Vaccination North-Western Provinces and Oudh 1878-1895 - 1878-1895
Year: 1878
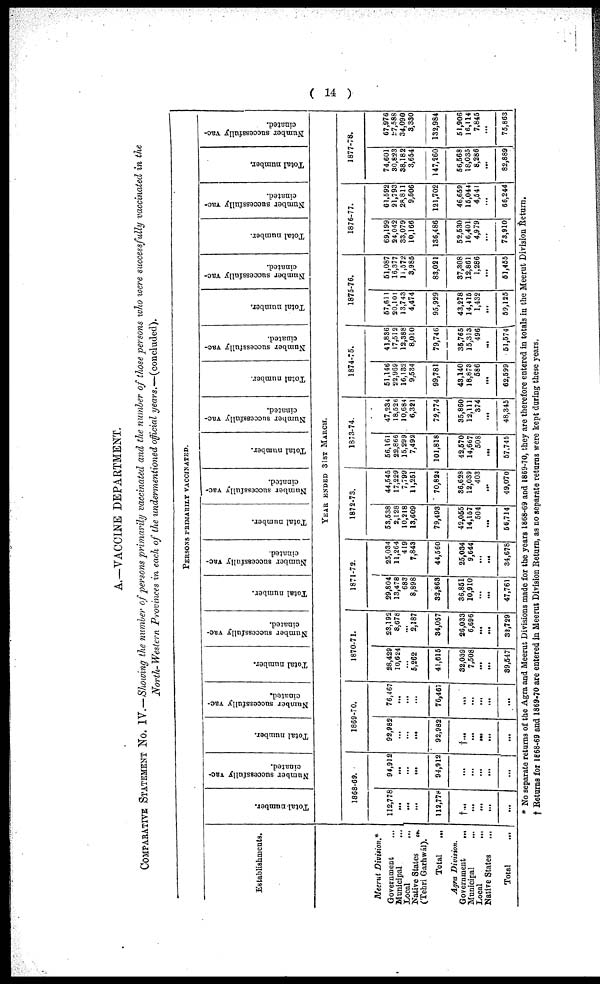
( 14 )
A.—VACCINE DEPARTMENT.
COMPARATIVE STATEMENT No. IV.—Showing the number of persons primarily
vaccinated and the number of those persons who were successfully vaccinated in the
North- Western Provinces in each of the undermentioned official
years.—(concluded).
PERSONS PRIMARILY VACCINATED.
Establishments.
Total number.
Number successfully vac-
cinated.
Total number.
Number successfully vac-
cinated.
Total number.
Number successfully vac-
cinated.
Total number.
Number successfully vac-
cinated.
Total number.
Number successfully vac-
cinated.
Total number.
Number successfully vac-
cinated.
Total number.
Number successfully vac-
cinated.
Total number.
Number successfully vac-
cinated.
Total number.
Number successfully vac-
cinated.
Total number.
Number successfully vac-
cinated.
YEAR ENDED 31ST MARCH.
Meerut Division.*
Government ...
Municipal
...
Local
...
Native States
...
(Tehri Garhwál).
Total ...
Agra Division.
Government
...
Municipal ...
Local
...
Native States ...
Total ...
1868-69.
112,778
...
...
...
112,778
†...
...
...
...
...
94,912
...
...
...
94,912
...
...
...
...
...
1869-70.
92,982
...
...
...
92,982
†... ...
...
...
...
76,467
...
...
...
76,467
...
...
...
...
...
1870-71.
28,429
10,624
...
5,262
41,615
32,039
7,508
...
...
39,547
23,192
8,678
...
2,187
34,057
26,033
6,696
...
...
32,729
1871-72.
29,804
13,478
683
8,898
32,863
36,851
10,910
...
...
47,761
25,034
11,264
419
7,843
44,560
25,034
9,644
...
...
34,678
1872-73.
53,538
2,128
10,218
13,609
79,493
42,055
14,157
504
...
56,714
44,546
17,229
7,799
11,251
70,824
36,628
12,039
403
...
49,070
1873-74.
56,161
22,866
15,299
7,492
101,818
42,570
14,667
508
...
57,745
47,234
18,526
10,684
6,321
72,774
35,860
12,111
374
...
48,345
1874-75.
51,148
22,969
16,132
9,584
99,781
43,140
18,878
586
...
62,599
41,886
17,512
12,388
8,010
79,746
36,765
15,313
496
...
51,574
1875-76.
57,611
20,101
13,743
4,474
95,929
43,278
14,415
1,432
...
59,125
51,087
16,377
11,572
3,985
83,021
37,308
12,861
1,286
...
51,455
1876-77.
69,199
24,042
33,079
10,166
136,486
52,530
16,401
4,979
...
73,910
61,592
21,793
28,811
9,506
121,702
46,659
15,044
4,541
...
66,244
1877-78.
74,601
30,823
38,182
3,654
147,260
56,568
18,035
8,286
...
82,889
67,976
27,588
34,090
3,330
132,984
51,906
16,114
7,845
...
75,863
* No separate returns of the Agra and Meerut Divisions made for the years 1868-69 and 1869-70, they are therefore entered in totals in the Meerut Division Return.
† Returns for 1868-69 and 1869-70 are entered in Meerut Division Return, as no separate returns were kept during these years.